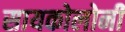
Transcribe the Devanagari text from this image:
सायकोलोनी